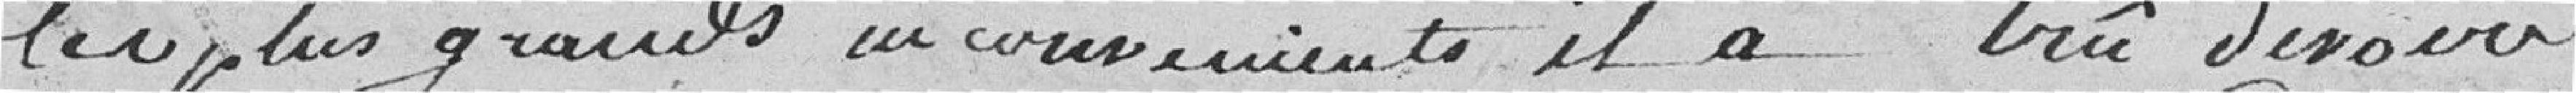
les plus grands inconvénients, il a cru devoir